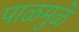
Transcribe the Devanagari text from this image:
पाळमुळे